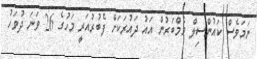
ނަމަވެސް ކައުންސިލް މެމްބަރުން އައު ދައުރަކަށް ފެބުރުއަރީ މަހުގެ 26 ވަނަ ދުވަހު